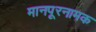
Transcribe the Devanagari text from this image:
मानपूरनामक